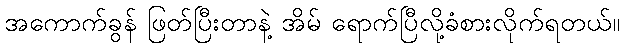
အကောက်ခွန် ဖြတ်ပြီးတာနဲ့ အိမ် ရောက်ပြီလို့ခံစားလိုက်ရတယ်။